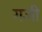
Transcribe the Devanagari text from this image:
गजी